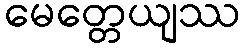
မေတ္တေယျဿ